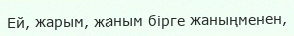
Ей, жарым, жаным бірге жаныңменен,